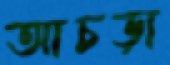
আচড়া